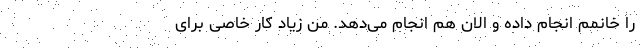
را خانمم انجام داده و الان هم انجام می‌دهد. من زیاد کار خاصی برای